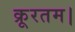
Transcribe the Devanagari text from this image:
क्रूरतम।